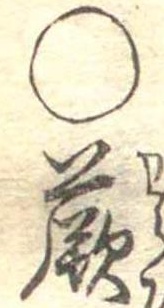
○蕨